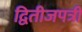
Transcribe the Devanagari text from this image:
द्वितीजपत्री